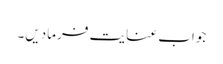
جواب عنایت فرمادیں۔